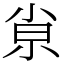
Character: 𡭴